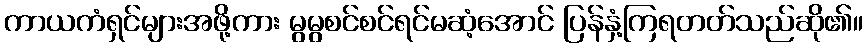
ကာယကံရှင်များအဖို့ကား မွမွစင်စင်ရင်မဆံ့အောင် ပြန်နှံ့ကြရတတ်သည်ဆို၏။